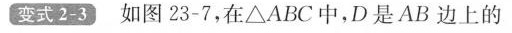
变式2-3)如图23-7，在△ABC中，D是AB边上的